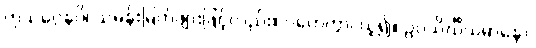
ကုသဂ္ဂေနပိ၊ သမန်းမြက်ဖျားဖြင့်လည်း။ ဂဟေတွာ၊ ယူ၍။ ဥပသိင်္ဃိယမာနော၊